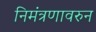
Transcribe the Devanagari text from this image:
निमंत्रणावरुन